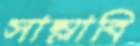
সাম্‌লাবি